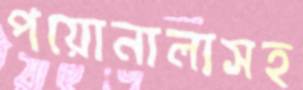
পয়োনালাসহ